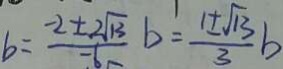
b = \frac { - 2 \pm 2 \sqrt { 1 3 } } { - 6 } b = \frac { 1 \pm \sqrt { 1 3 } } { 3 } b